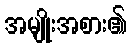
အမျိုးအစား၏